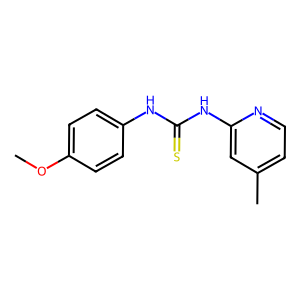
SMILES: COc1ccc(NC(=S)Nc2cc(C)ccn2)cc1
Inhibits HIV replication: No